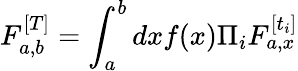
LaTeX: F_{a,b}^{[T]}=\int_{a}^{b}dxf(x)\Pi_{i}F_{a,x}^{[t_{i}]}